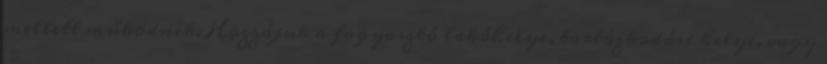
mellett működnek. Hozzájuk a fogyasztó lakóhelye, tartózkodási helye, vagy